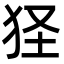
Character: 㹩